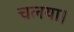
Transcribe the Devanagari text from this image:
चलया।